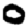
Digit: 0